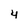
Character: 4